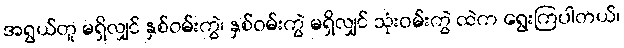
အရွယ်တူ မရှိလျှင် နှစ်ဝမ်းကွဲ၊ နှစ်ဝမ်းကွဲ မရှိလျှင် သုံးဝမ်းကွဲ ထဲက ရွေးကြပါတယ်၊